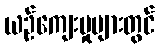
ယဉ်ကျေးမှုများတွင်